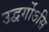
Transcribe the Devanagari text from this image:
उद्वर्गोऽसि